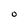
Character: O